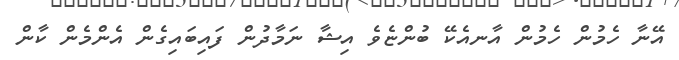
އޭނާ ހެމުން ހެމުން އާނއެކޭ ބުންޏެވެ އިޝާ ނަމާދުން ފައިބައިގެން އެންމެން ކާން